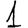
Digit: 1